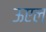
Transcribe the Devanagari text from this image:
ऊएल